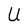
Character: U